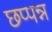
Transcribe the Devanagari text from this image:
छप्पन्न